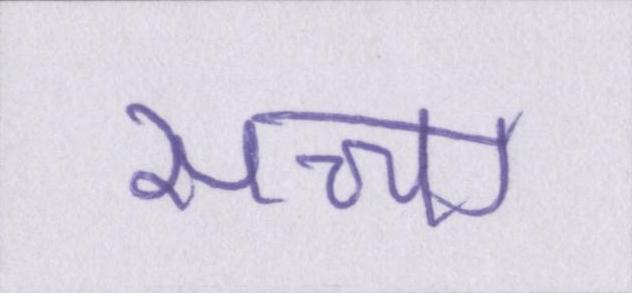
सच्चा